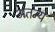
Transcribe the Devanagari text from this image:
अतन्य